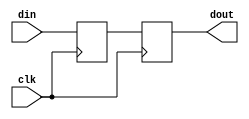
/* vector synchronizer for gray code or one-hot code */

module vec_sync_2ff #(
	parameter integer WIDTH = 1
)(
	input wire clk,
	input wire [WIDTH-1:0] din,
	output wire [WIDTH-1:0] dout
);
	reg [WIDTH-1:0] temp1;
	reg [WIDTH-1:0] temp2;
	
	always @(posedge clk)
	begin
		temp1 <= din;
		temp2 <= temp1;
	end
	
	assign dout = temp2;
endmodule